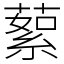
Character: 蕠